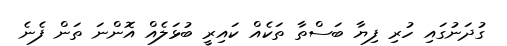
ގުދަނުގައި ހުރި ފިޔާ ބަސްތާ ތަކެއް ކައިރީ ބުޅަލެއް އޮންނަ ތަން ފެނެ